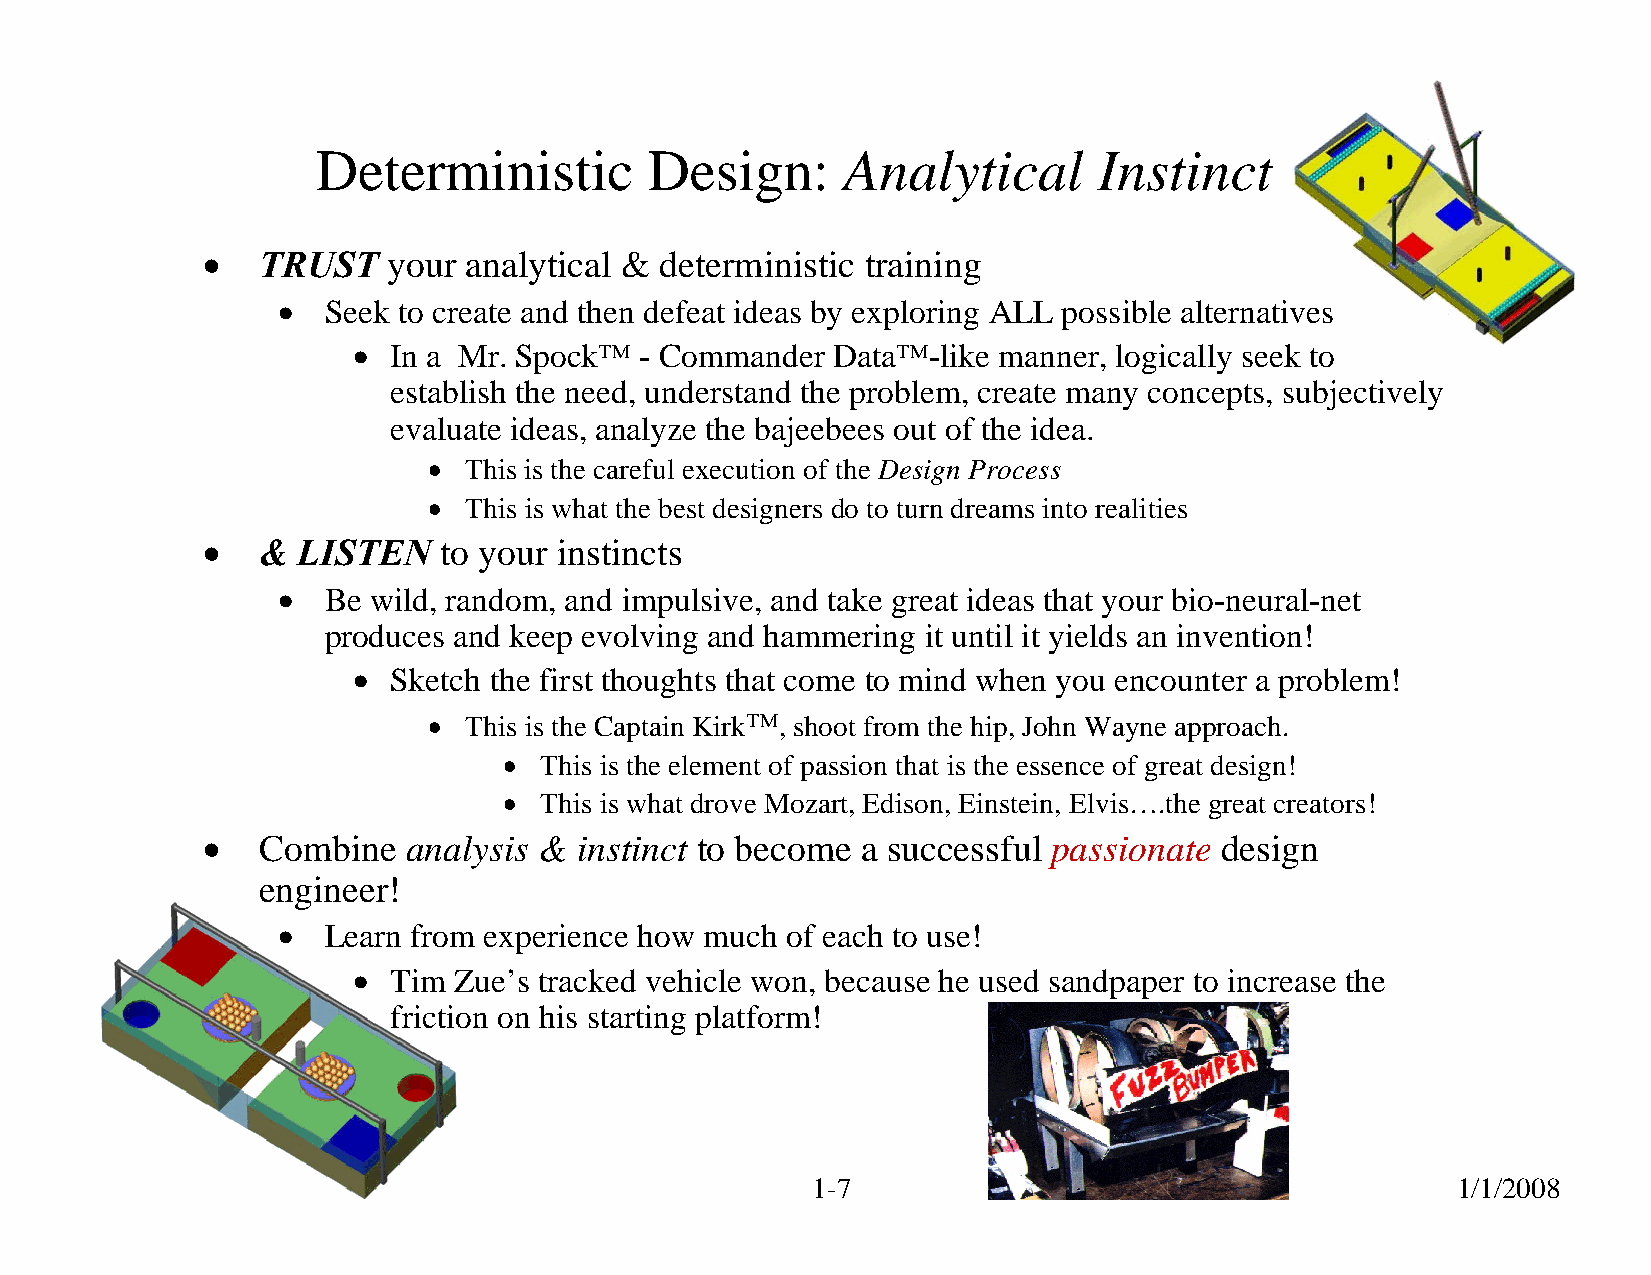
Deterministic         Design:      Analytical       Instinct
 •   TRUST    your analytical & deterministic training
 •  Seek to create and then defeat ideas by exploring ALL possible alternatives
 •  In a Mr. Spock™ - Commander  Data™-like manner, logically seek to
 establish the need, understand the problem, create many concepts, subjectively
 evaluate ideas, analyze the bajeebees out of the idea.
 •  This is the careful execution of the Design Process
 •  This is what the best designers do to turn dreams into realities
 •   &  LISTEN   to your instincts
 •  Be wild, random, and impulsive, and take great ideas that your bio-neural-net
 produces and keep evolving and hammering it until it yields an invention!
 •  Sketch the first thoughts that come to mind when you encounter a problem!
 •  This is the Captain Kirk™, shoot from the hip, John Wayne approach.
 •  This is the element of passion that is the essence of great design!
 •  This is what drove Mozart, Edison, Einstein, Elvis….the great creators!
 •   Combine   analysis & instinct to become a successful passionate design
 engineer!
 •  Learn from experience how much of each to use!
 •  Tim Zue’s tracked vehicle won, because he used sandpaper to increase the
 friction on his starting platform!
 © 2008 Alexander Slocum                         1-7                                       1/1/2008